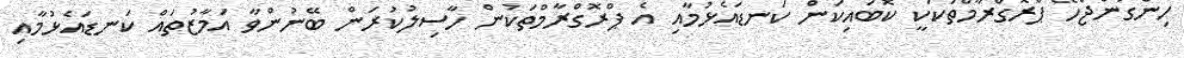
ހިންގަންޖެހޭ ޕްރޮގްރާމްތަކަކީ ކޮބައިކަން ކަނޑައެޅުމާއި އެ ޕްރޮގްރާމްތަކުން ހާސިލުކުރަން ބޭނުންވާ އަމާޒުތައް ކަނޑައެޅުމާއި